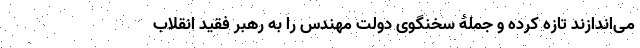
می‌اندازند تازه کرده و جملۀ سخنگوی دولت مهندس را به رهبر فقید انقلاب